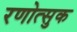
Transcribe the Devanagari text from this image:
रणोत्सुक